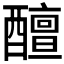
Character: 𨣚